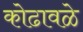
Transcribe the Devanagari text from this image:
कोढावळे